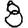
Digit: 8